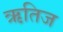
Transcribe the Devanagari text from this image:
ऋतिज